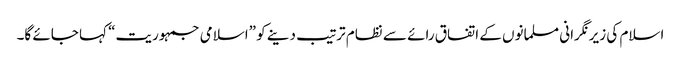
اسلام کی زیرنگرانی مسلمانوں کے اتفاق رائے سے نظام ترتیب دینے کو ”اسلامی جمہوریت“ کہا جائے گا۔